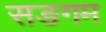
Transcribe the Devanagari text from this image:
सङगम